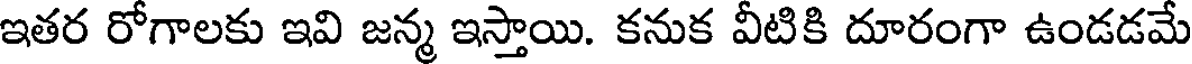
ఇతర రోగాలకు ఇవి జన్మ ఇస్తాయి. కనుక వీటికి దూరంగా ఉండడమే